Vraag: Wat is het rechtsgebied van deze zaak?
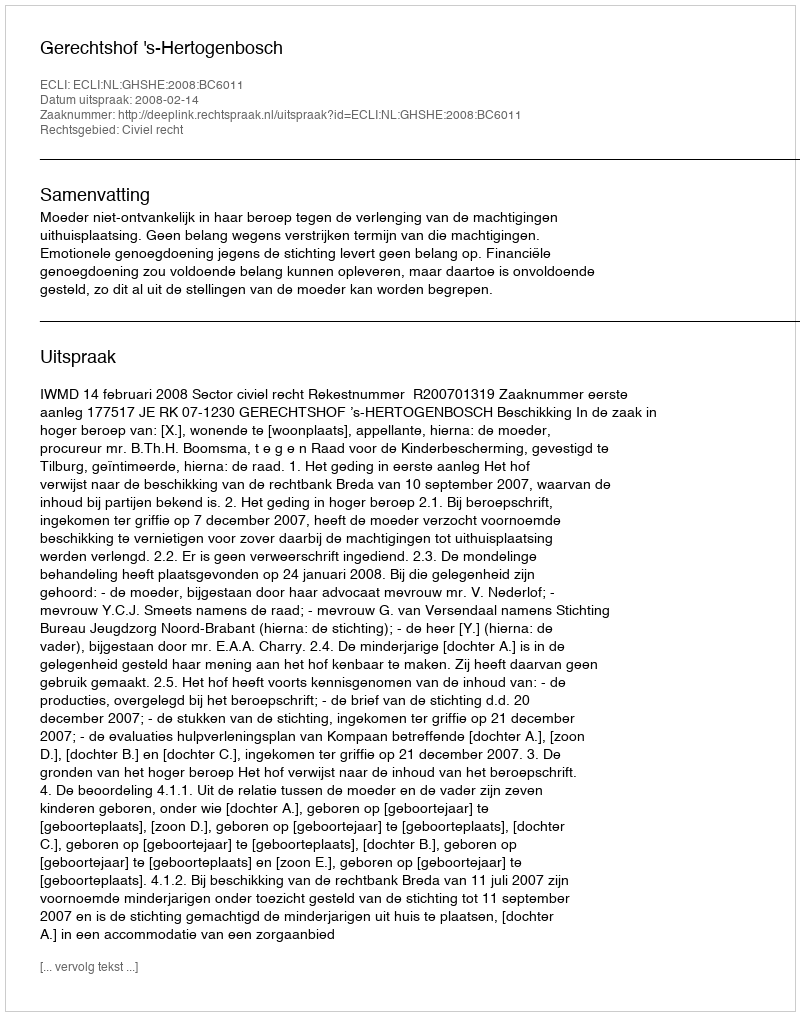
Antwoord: Civiel recht